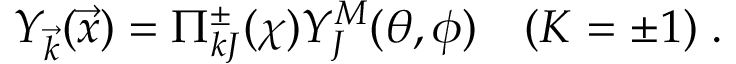
{ \cal Y } _ { \vec { k } } ( \vec { x } ) = \Pi _ { k J } ^ { \pm } ( \chi ) Y _ { J } ^ { M } ( \theta , \phi ) \quad ( K = \pm 1 ) \; .